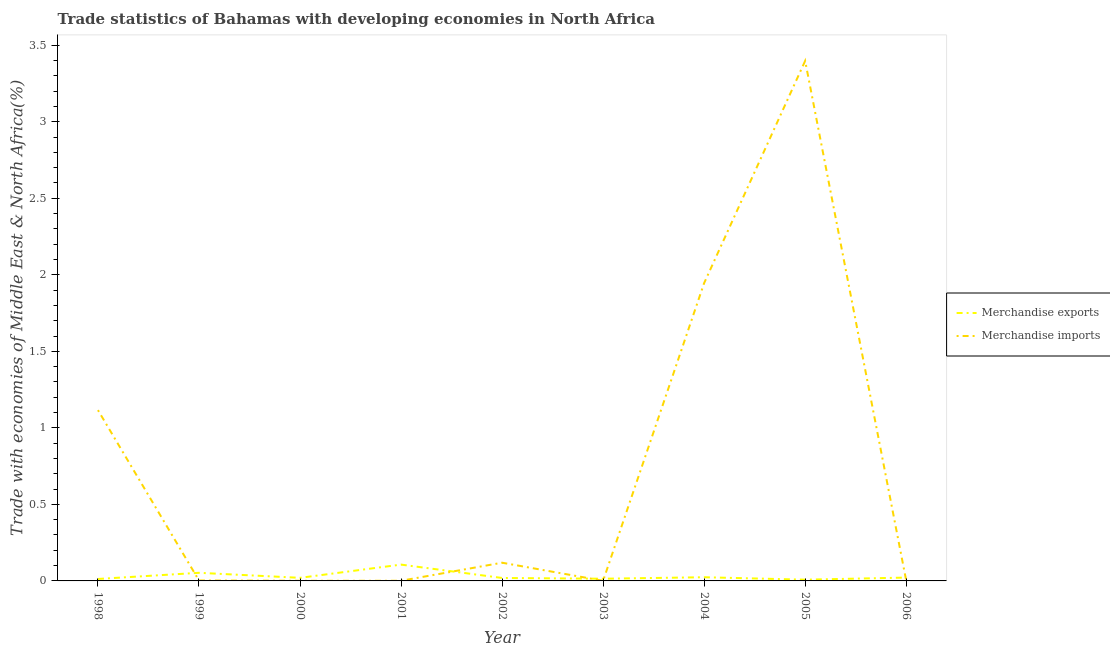
| Year | Merchandise exports | Merchandise imports |
 | --- | --- | --- |
 | 1998 | 0.0128 | 1.12 |
 | 1999 | 0.053 | 0.00289 |
 | 2000 | 0.0202 | 0.00103 |
 | 2001 | 0.107 | 0.00102 |
 | 2002 | 0.0193 | 0.119 |
 | 2003 | 0.0144 | 0.000801 |
 | 2004 | 0.0241 | 1.95 |
 | 2005 | 0.00815 | 3.4 |
 | 2006 | 0.0218 | 0.00298 |